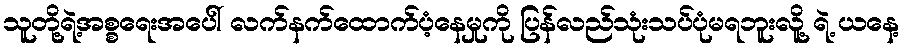
သူတို့ရဲ့အစ္စရေးအပေါ် လက်နက်ထောက်ပံ့နေမှုကို ပြန်လည်သုံးသပ်ပုံမရဘူးလိူ့ ရဲ့ ယနေ့